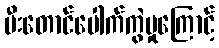
မီးတောင်ပေါက်ကွဲမှုကြောင့်